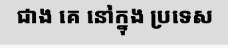
ជាង គេ នៅក្នុង ប្រទេស